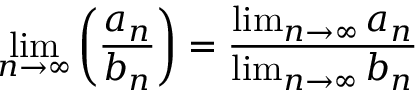
\operatorname* { l i m } _ { n \to \infty } \left( { \frac { a _ { n } } { b _ { n } } } \right) = { \frac { \operatorname* { l i m } _ { n \to \infty } a _ { n } } { \operatorname* { l i m } _ { n \to \infty } b _ { n } } }